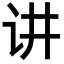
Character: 讲